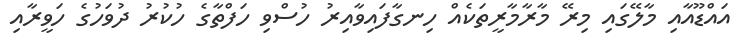
އައްޑޫއާއި މާލޭގައި މިރޭ މާރާމާރީތަކެއް ހިނގާފައިވާއިރު ހުސްވި ހަފްތާގެ ހުކުރު ދުވަހުގެ ހަވީރާއި